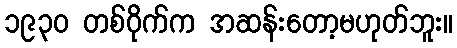
၁၉၃၀ တစ်ဝိုက်က အဆန်းတော့မဟုတ်ဘူး။